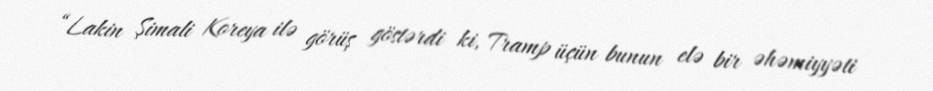
“Lakin Şimali Koreya ilə görüş göstərdi ki, Tramp üçün bunun elə bir əhəmiyyəti